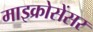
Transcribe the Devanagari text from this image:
माइक्रोसेंसर